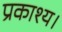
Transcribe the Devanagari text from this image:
प्रकाश्य।